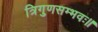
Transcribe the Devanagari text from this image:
त्रिगुणसम्भवः॥